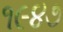
૧૯૪૭